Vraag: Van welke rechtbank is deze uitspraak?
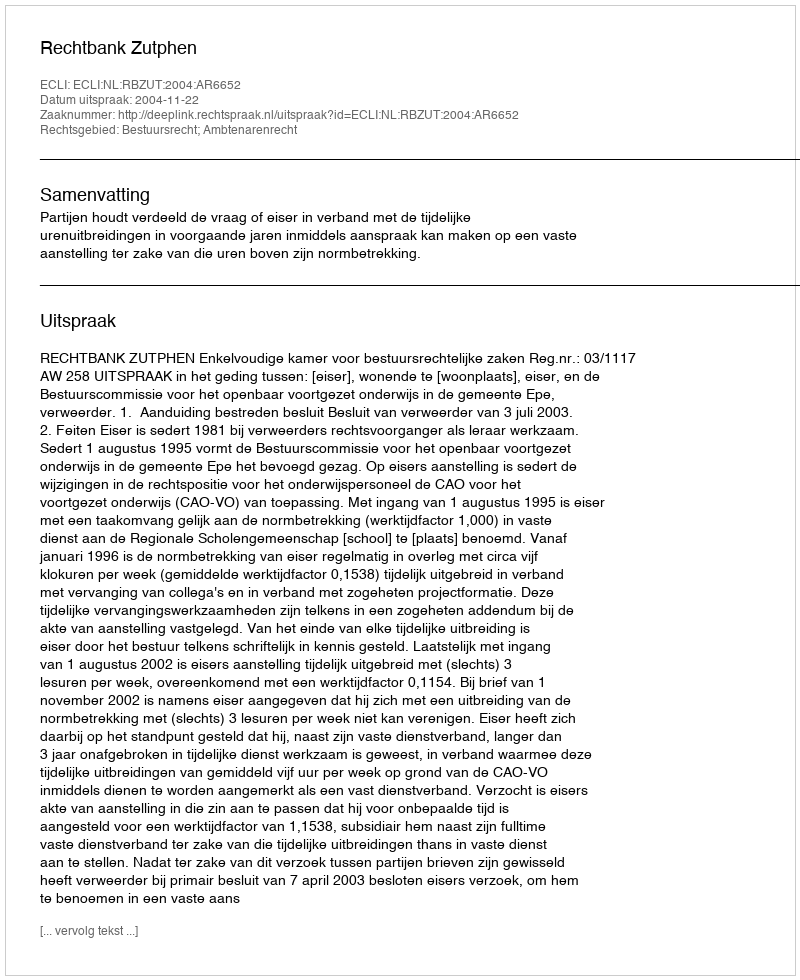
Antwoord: Rechtbank Zutphen